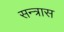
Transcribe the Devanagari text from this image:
सन्त्रास